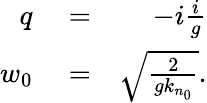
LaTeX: \begin{array}{rlr}{q}&{{}=}&{-i\frac{i}{g}}\\ {w_{0}}&{{}=}&{\sqrt{\frac{2}{gk_{n_{0}}}}.}\end{array}